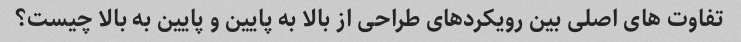
تفاوت های اصلی بین رویکردهای طراحی از بالا به پایین و پایین به بالا چیست؟